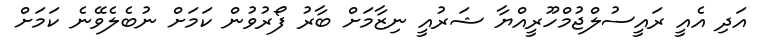
އަދި އެއީ ރައީސުލްޖުމްހޫރީއްޔާ ޝަރުއީ ނިޒާމަށް ބާރު ފޯރުވުން ކަމަށް ނުބެލެވޭނެ ކަމަށް